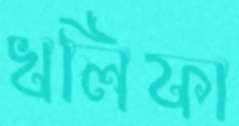
খলিফা